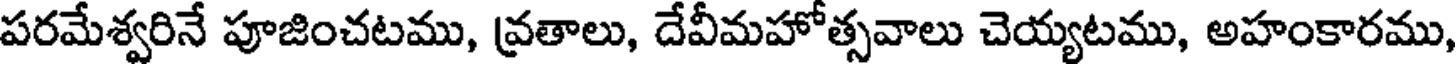
పరమేశ్వరినే పూజించటము, వ్రతాలు, దేవీమహోత్సవాలు చెయ్యటము, అహంకారము,